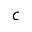
c